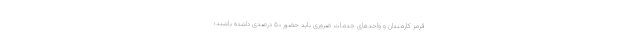
قرمز کارمندان و واحد‌های خدمات ضروری باید حضور ۵۰ درصدی داشته باشند؛